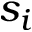
s _ { i }